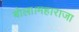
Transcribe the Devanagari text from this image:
बोला।महाराजा